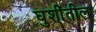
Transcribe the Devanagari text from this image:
घुशींतील